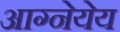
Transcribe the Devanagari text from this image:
आग्नेयेय